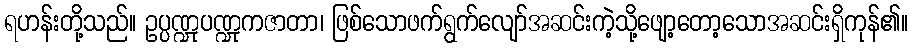
ရဟန်းတို့သည်။ ဥပ္ပဏ္ဍုပဏ္ဍုကဇာတာ၊ ဖြစ်သောဖက်ရွက်လျော်အဆင်းကဲ့သို့ဖျော့တော့သောအဆင်းရှိကုန်၏။